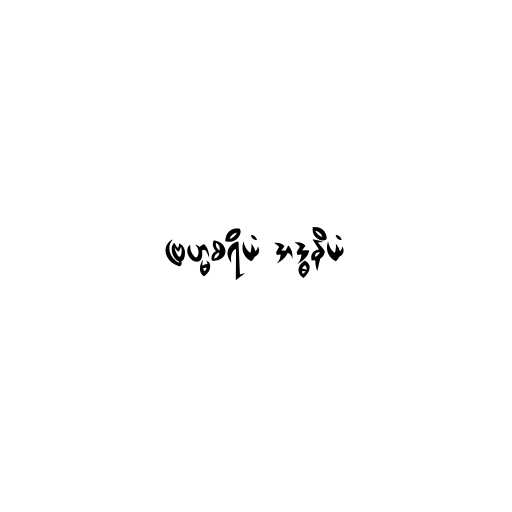
ဗြဟ္မစရိယံ အဒ္ဓနိယံ